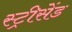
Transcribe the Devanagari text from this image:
स्ट्रीसेंड